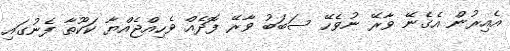
އެއިރުން އެގެނޭ ވާރޭ ނުވެހޭ ސަބަބު ވާރޭ ފޮދެއް ވެހިއްޖެއްޔާ ކަކޫތާ ފެނުގައި